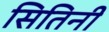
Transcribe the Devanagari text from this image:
सितिनी